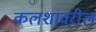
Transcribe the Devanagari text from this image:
कलशावरील